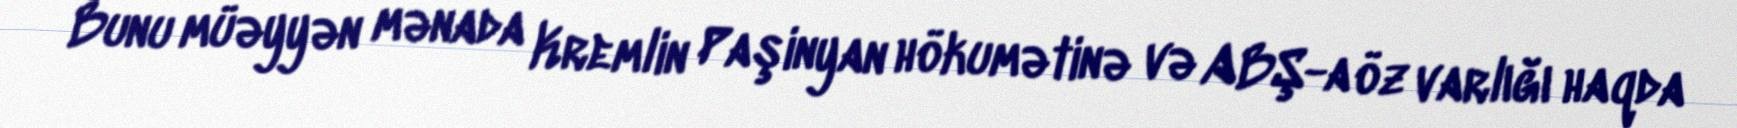
Bunu müəyyən mənada Kremlin Paşinyan hökumətinə və ABŞ-a öz varlığı haqda